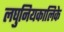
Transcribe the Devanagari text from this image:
लघुनियकालिके